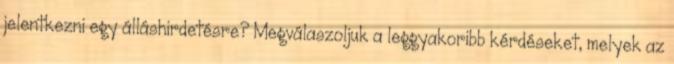
jelentkezni egy álláshirdetésre? Megválaszoljuk a leggyakoribb kérdéseket, melyek az